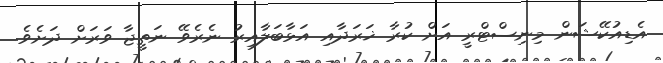
އެޑިއުކޭޝަން މިނިސްޓްރީ އަށް ކުރާ ޚަރަދާއި އަޅާބަލާއިރު ނެރެވޭ ނަތީޖާ ވަރަށް ދަށެވެ.